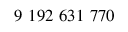
9 \ 1 9 2 \ 6 3 1 \ 7 7 0